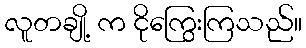
လူတချို့ က ငိုကြွေးကြသည်။